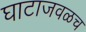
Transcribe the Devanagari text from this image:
घाटाजवळच